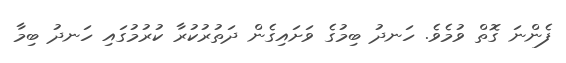
ފެންނަ ގޮތް ވުމެވެ. ހަނދު ބިމުގެ ވަށައިގެން ދަތުރުކުރާ ކުރުމުގައި ހަނދު ބިމާ